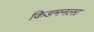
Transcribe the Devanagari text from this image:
किडमनला